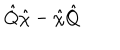
\hat { Q } \hat { \chi } - \hat { \chi } \hat { Q } \,